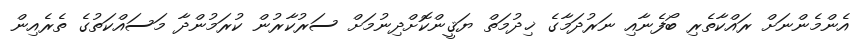
އެންމެންނަށް ރައްކާތެރި ބޯފެނާއި ނަރުދަމާގެ ޚިދުމަތް ޔަޤީންކޮށްދިނުމަށް ސަރުކާރުން ކުރަމުންދާ މަސައްކަތުގެ ތެެރެއިން